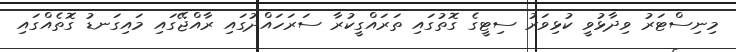
މިނިސްޓަރު ވިދާޅުވީ ކުޅިވަރު ސިޓީގެ ގޮތުގައި ތަރައްގީކުރާ ސަރަހައްދުގައި ރާއްޖޭގައި މައިގަނޑު ގޮތެއްގައި